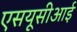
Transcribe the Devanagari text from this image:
एसयूसीआई